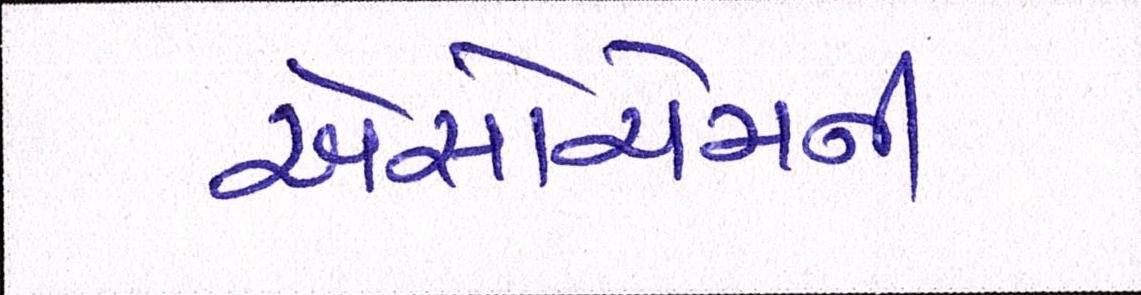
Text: એસોચેમની